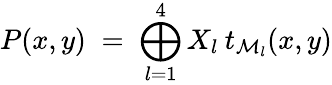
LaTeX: P(x,y)\; =\; \bigoplus_{l=1}^{4}X_{l}\: t_{\mathcal{M}_{l}}(x,y)